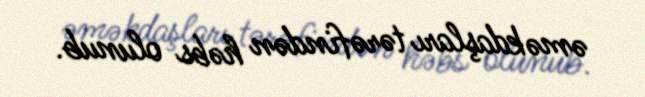
əməkdaşları tərəfindən həbs olunub.